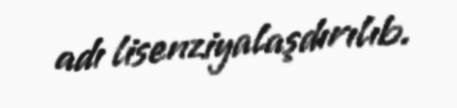
adı lisenziyalaşdırılıb.